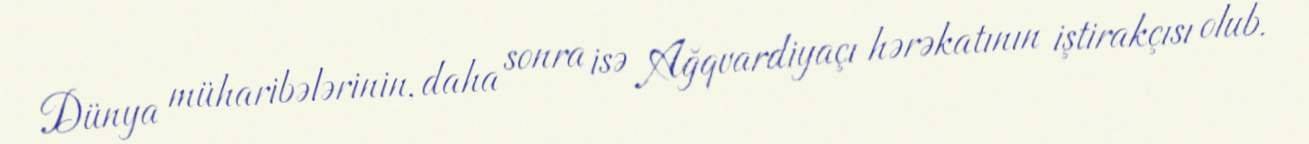
Dünya müharibələrinin, daha sonra isə Ağqvardiyaçı hərəkatının iştirakçısı olub.